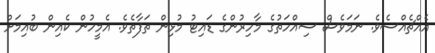
އެއްޗެއްސެވެ. ނަމަވެސް ސިއްހަތުގެ މާހިރުންގެ ޑައިޓު މުޅިން ތަފާތެވެ. އެމީހުން ކެއިން ބުއިމަށް